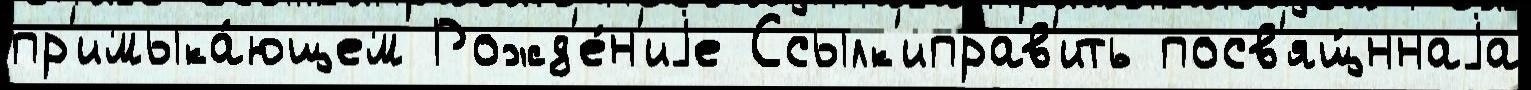
пр'имыка́ющем Рожд'е́н'иjе Ссылк'иправ'ить посв'ящ́ннаjа